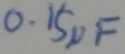
Text: 0.15µF